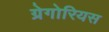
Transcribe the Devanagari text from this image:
ग्रेगोरियस